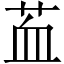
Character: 䒸